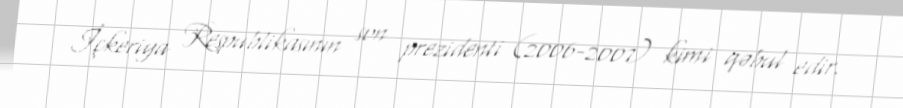
İçkeriya Respublikasının son prezidenti (2006-2007) kimi qəbul edir.